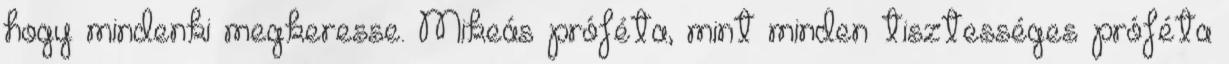
hogy mindenki megkeresse. Mikeás próféta, mint minden tisztességes próféta